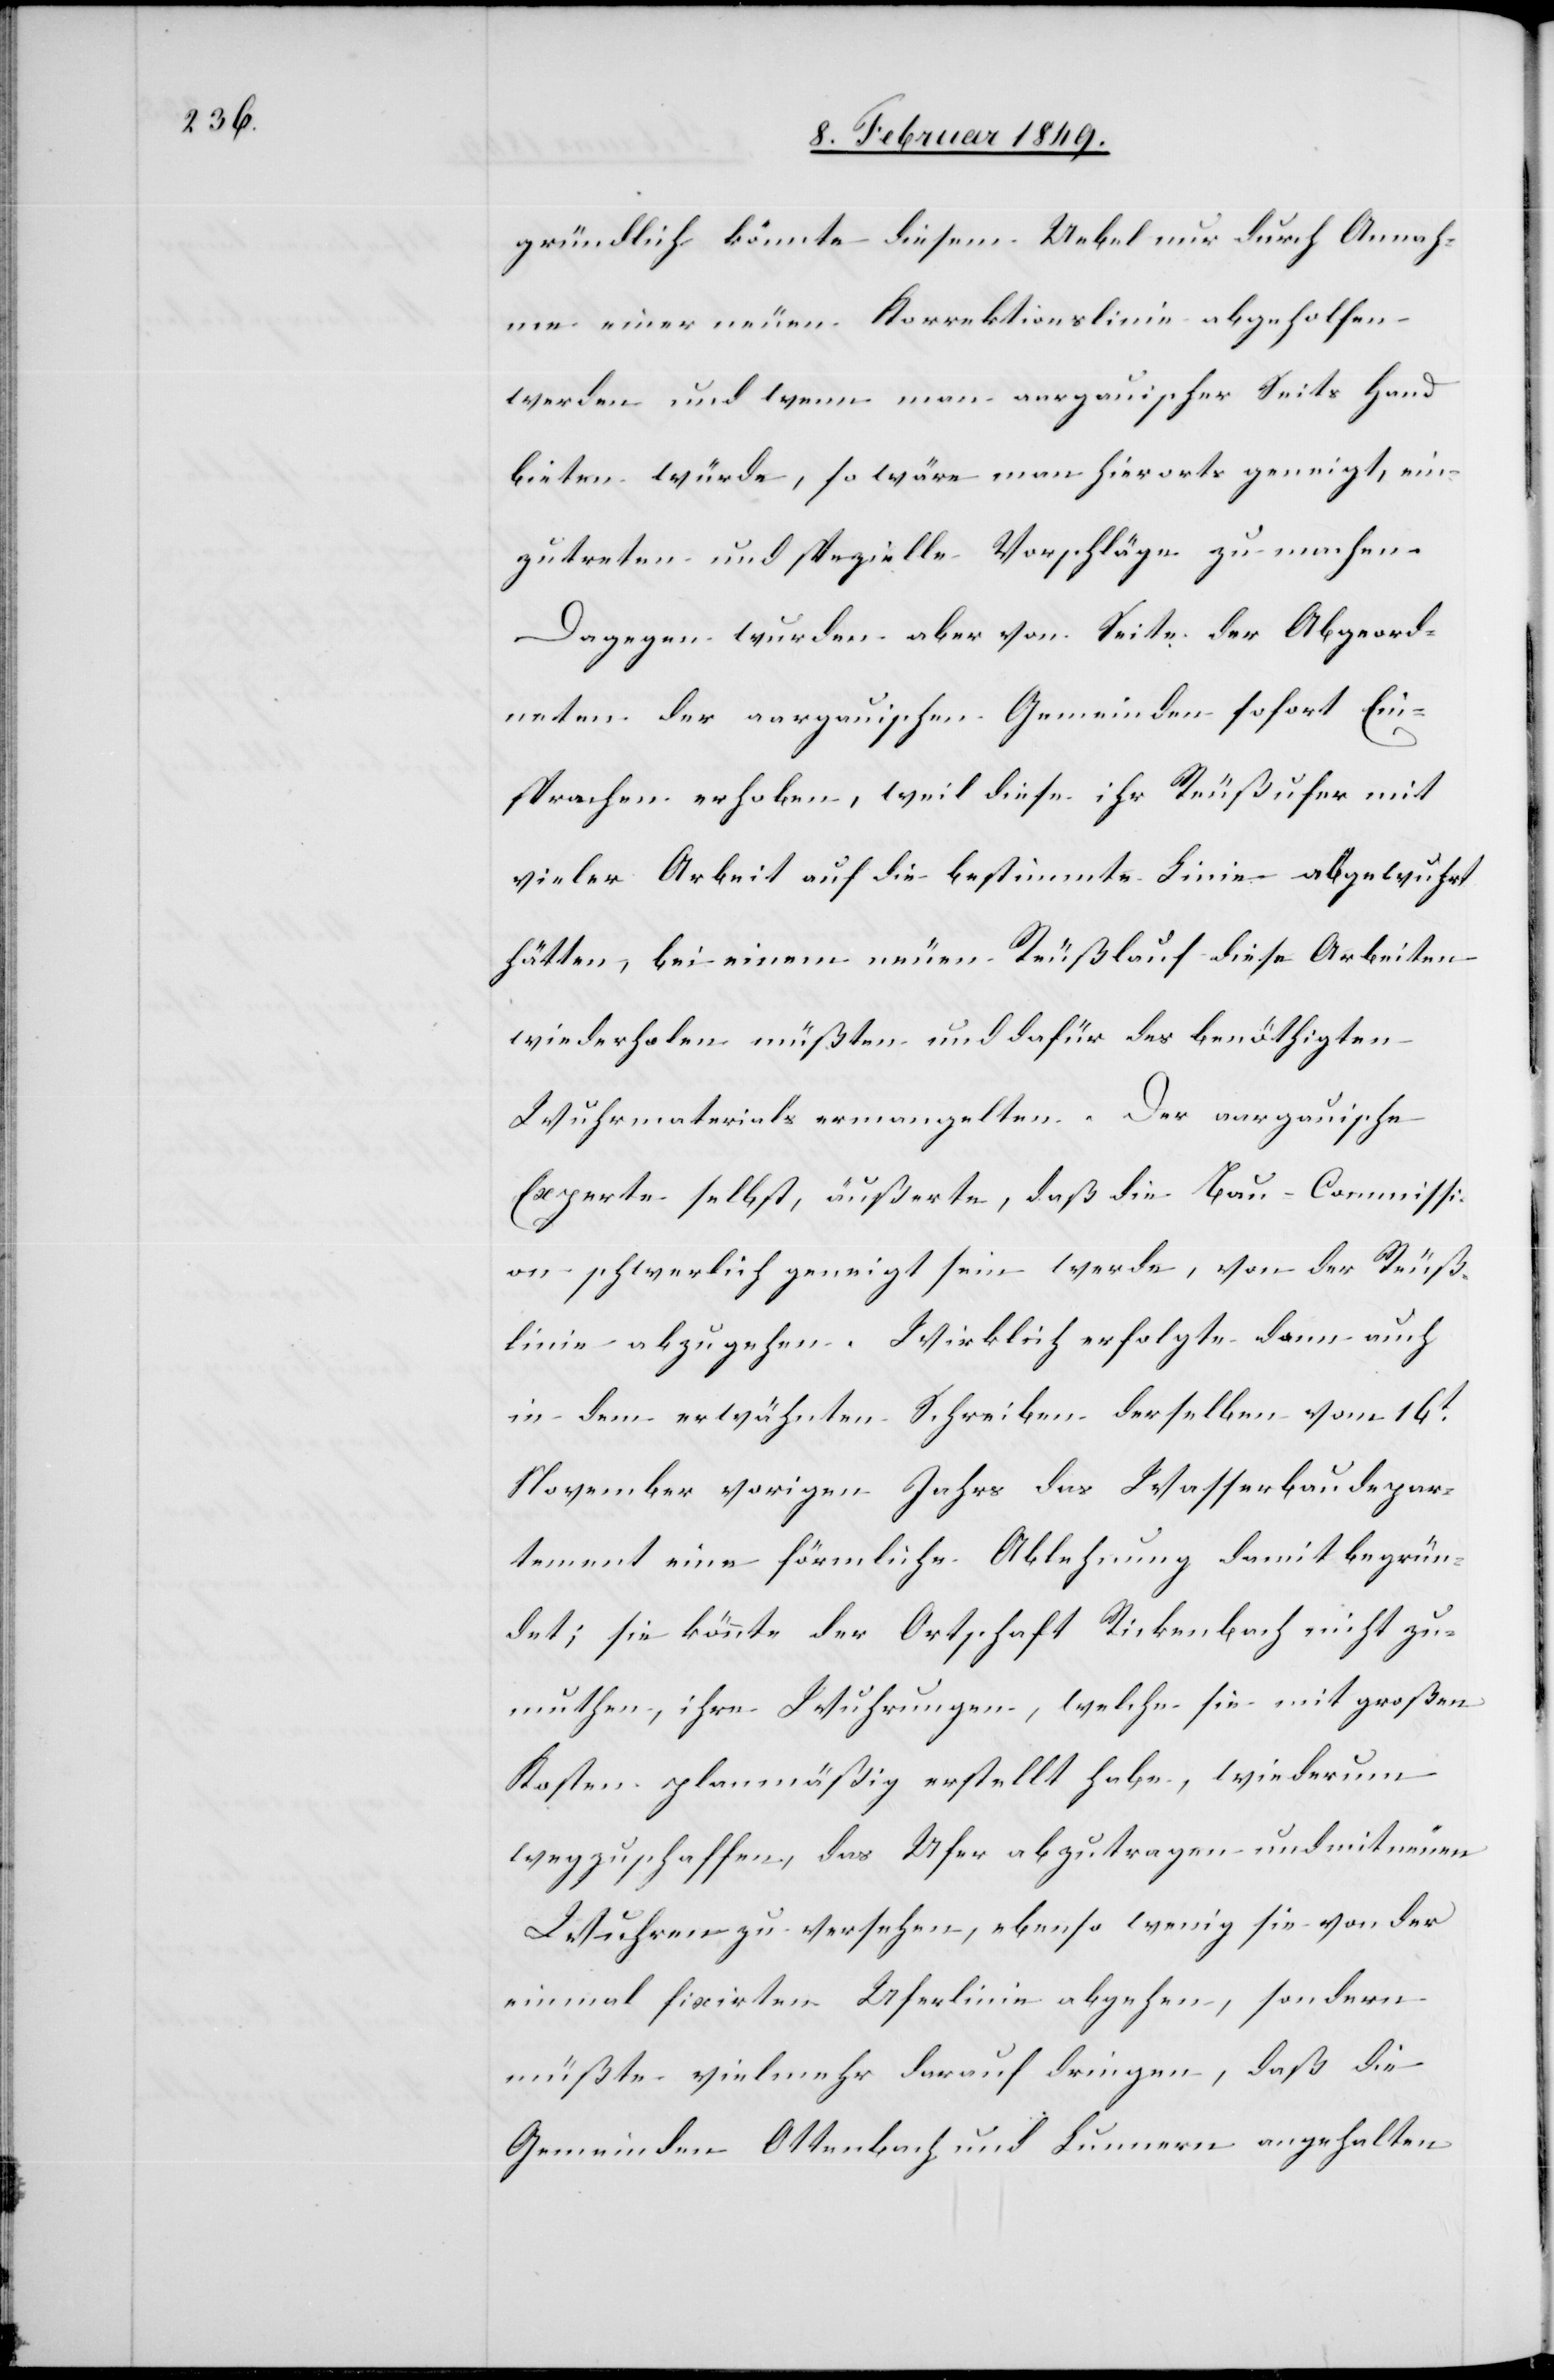
gründlich könnte diesem Uebel nur durch Annah¬
me einer neuen Korrektionslinie abgeholfen
werden und wenn man aargauischer Seits Hand
bieten würde, so wäre man hierorts geneigt, ein¬
zutreten und spezielle Vorschläge zu machen.
Dagegen wurden aber von Seite der Abgeord¬
neten der aargauischen Gemeinden sofort Ein¬
sprachen erhoben, weil diese ihr Reußufer mit
vieler Arbeit auf die bestimmte Linie abgewuhrt
hätten, bei einem neuen Reußlauf diese Arbeiten
wiederholen müßten und dafür des benöthigten
Wuhrmaterials ermangelten. Der aargauische
Experte selbst, äußerte, daß die Bau-Commissi¬
on schwerlich geneigt sein werde, von der Reuß¬
linie abzugehen. Wirklich erfolgte dann auch
in dem erwähnten Schreiben derselben vom 16t.
November vorigen Jahrs das Wasserbaudepar¬
tement eine förmliche Ablehnung damit begrün¬
det; sie könnte der Ortschaft Rickenbach nicht zu¬
muthen, ihre Wuhrungen, welche sie mit großen
Kosten planmäßig erstellt habe, wiederum
wegzuschaffen, das Ufer abzutragen und mit neuen
Wuhren zu versehen, ebenso wenig sie von der
einmal fixirten Uferlinie abgehen, sondern
müßte vielmehr darauf dringen, daß die
Gemeinden Ottenbach und Lunnern angehalten